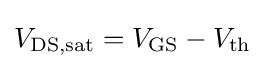
V_{\text{DS,sat}}=V_{\text{GS}}-V_{\text{th}}